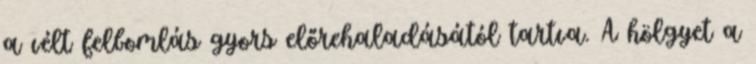
a vélt felbomlás gyors előrehaladásától tartva. A hölgyet a